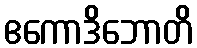
ဧကောဒိဘောတိ